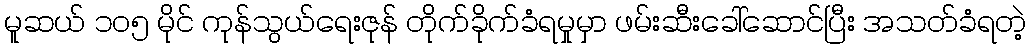
မူဆယ် ၁၀၅ မိုင် ကုန်သွယ်ရေးဇုန် တိုက်ခိုက်ခံရမှုမှာ ဖမ်းဆီးခေါ်ဆောင်ပြီး အသတ်ခံရတဲ့